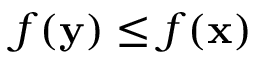
f ( \mathbf { y } ) \leq f ( \mathbf { x } )